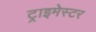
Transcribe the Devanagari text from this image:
ट्राइमेस्टर